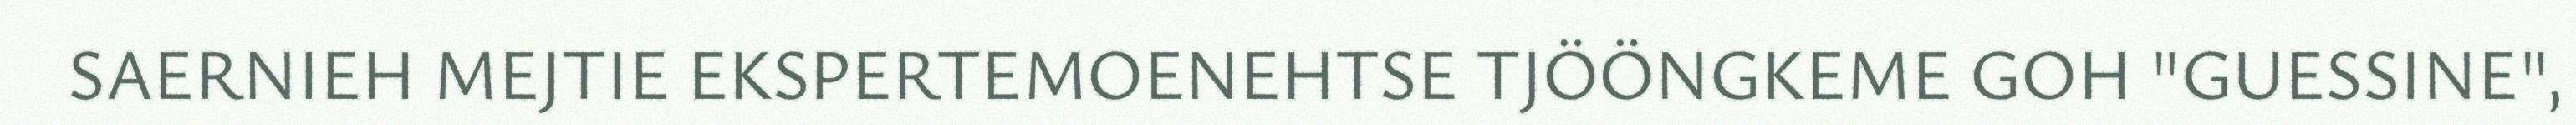
SAERNIEH MEJTIE EKSPERTEMOENEHTSE TJÖÖNGKEME GOH "GUESSINE",